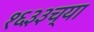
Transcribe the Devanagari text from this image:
१६३३च्या